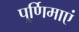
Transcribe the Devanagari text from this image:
पूर्णिमाएं